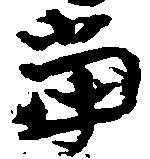
当